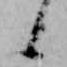
候